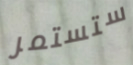
ستستمر